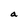
Character: a